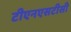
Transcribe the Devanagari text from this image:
टीएनएसटीसी